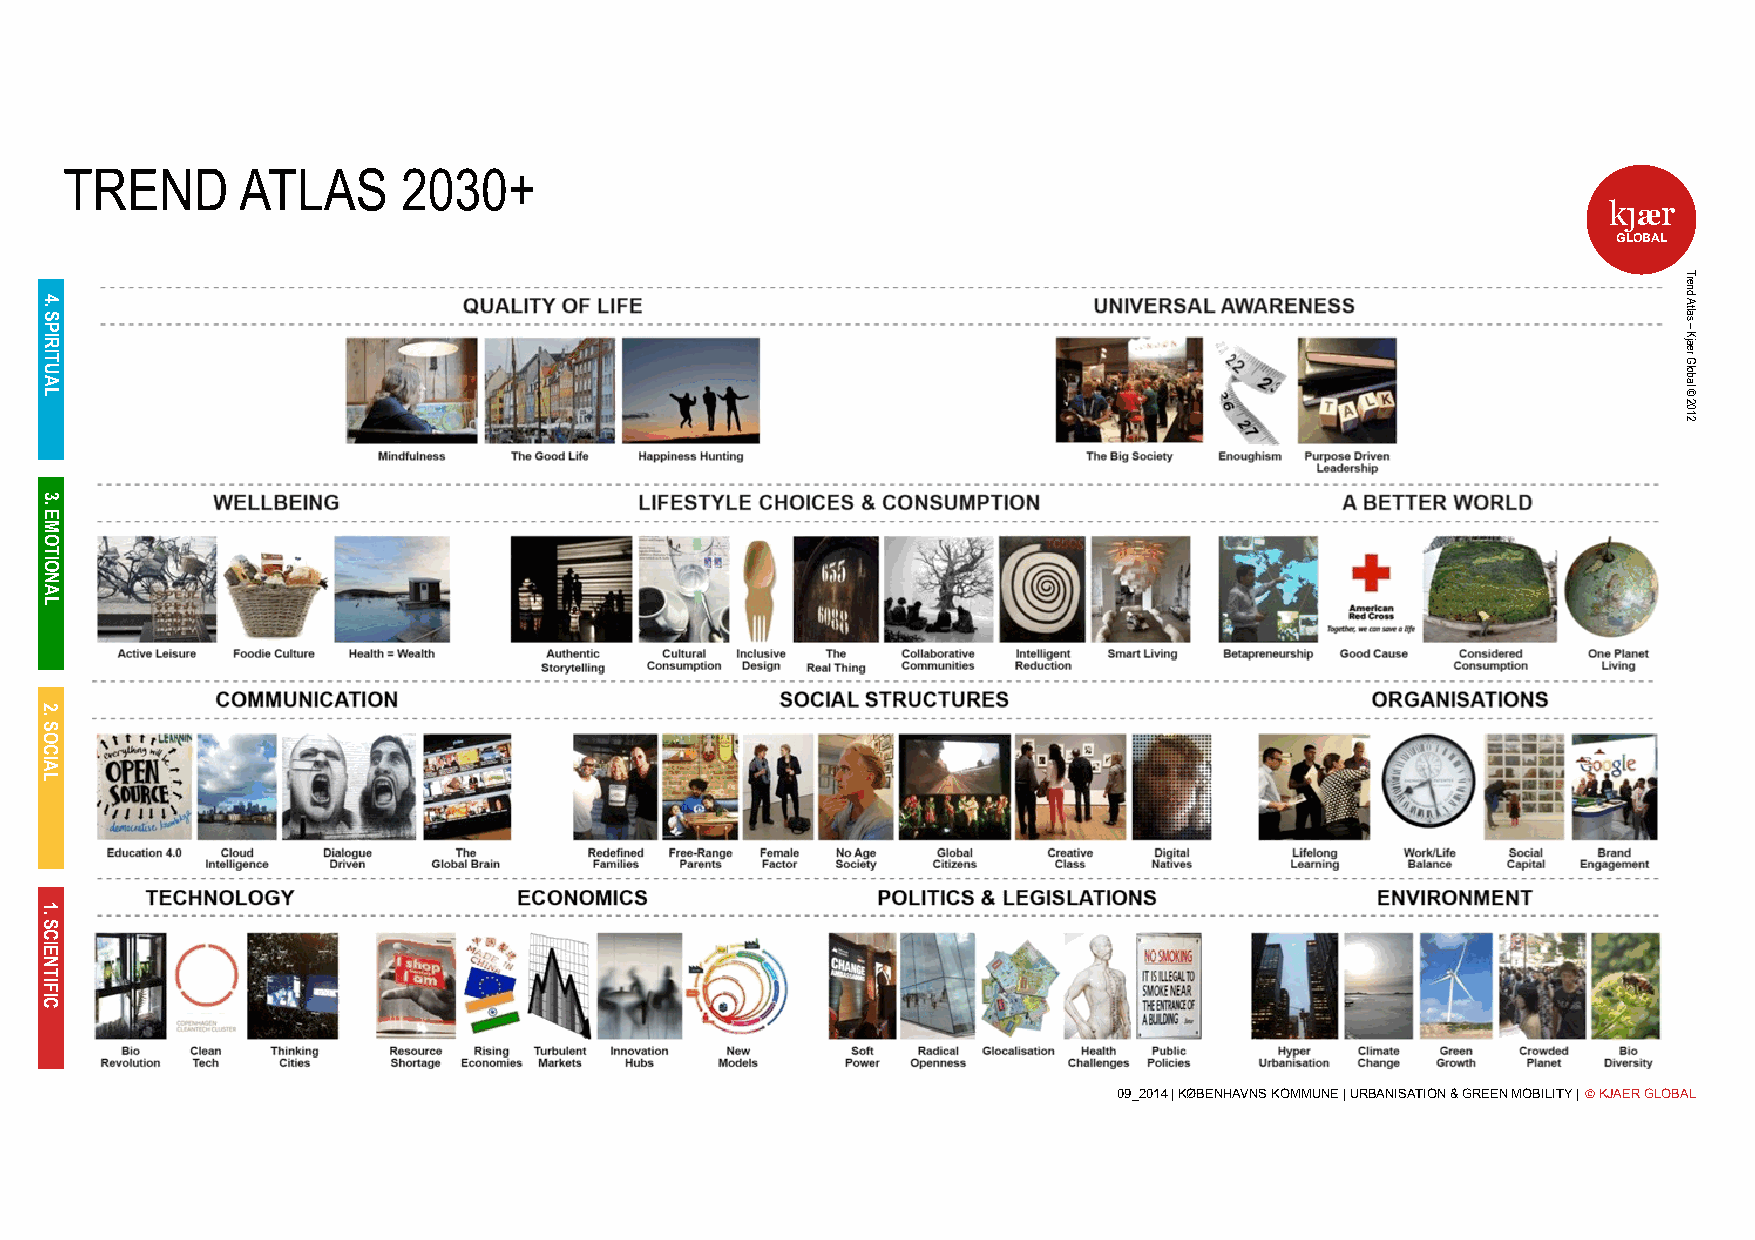
TREND       ATLAS      2030+
 k j ær
 GLOBAL
 09_2014 | KØBENHAVNS KOMMUNE | URBANISATION & GREEN MOBILITY | © KJAER GLOBAL
 4.
 SPIRITUAL
 3.
 EMOTIONAL
 2.
 SOCIAL
 1.
 SCIENTIFIC
 Trend
 Atlas
 –
 Kjaer
 Global
 ©
 2012